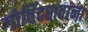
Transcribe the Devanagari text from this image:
गोविंदरावांना